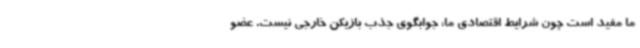
ما مفید است چون شرایط اقتصادی ما، جوابگوی جذب بازیکن خارجی نیست. عضو